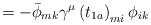
\begin{align*}\qquad\qquad\qquad\qquad\qquad\qquad\qquad\qquad\qquad=-\bar{\phi}_{mk}\gamma^\mu\left(t_{1a}\right)_{mi}\phi_{ik}\end{align*}